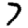
Digit: 7